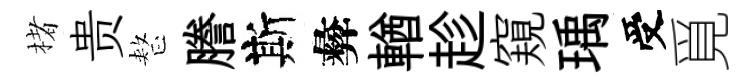
楮贵整謄斯彜輶趁窺瑀受覓